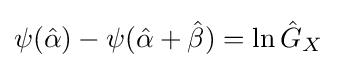
\psi ({\hat {\alpha }})-\psi ({\hat {\alpha }}+{\hat {\beta }})=\ln {\hat {G}}_{X}